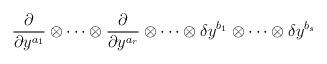
LaTeX: \begin{align*}\frac \partial {\partial y^{a_1}}\otimes \cdots \otimes \frac\partial {\partial y^{a_r}}\otimes \cdots \otimes \delta y^{b_1}\otimes\cdots \otimes \delta y^{b_s}\end{align*}